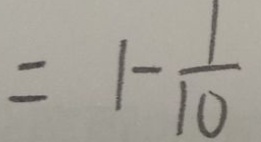
= 1 - \frac { 1 } { 1 0 }